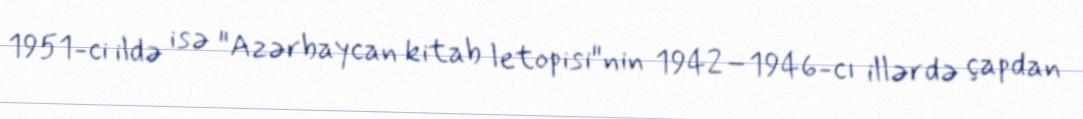
1951-ci ildə isə "Azərbaycan kitab letopisi"nin 1942–1946-cı illərdə çapdan